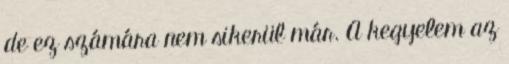
de ez számára nem sikerül már. A kegyelem az